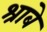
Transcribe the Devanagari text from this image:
श्राबे